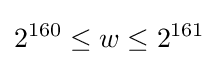
2^{160}\leq w\leq 2^{161}